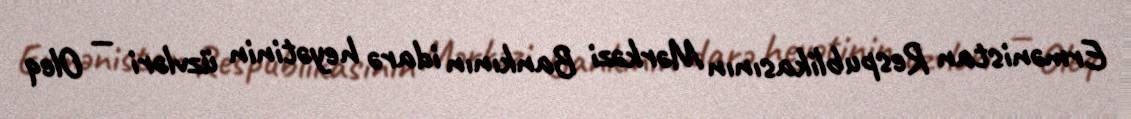
Ermənistan Respublikasının Mərkəzi Bankının idarə heyətinin üzvləri — Oleq